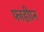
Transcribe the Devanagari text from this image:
फाहीान